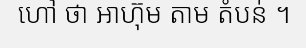
ហៅ ថា អាហ៊ុម តាម តំបន់ ។